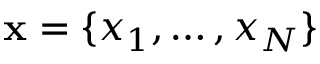
\mathbf { x } = \{ x _ { 1 } , \ldots , x _ { N } \}